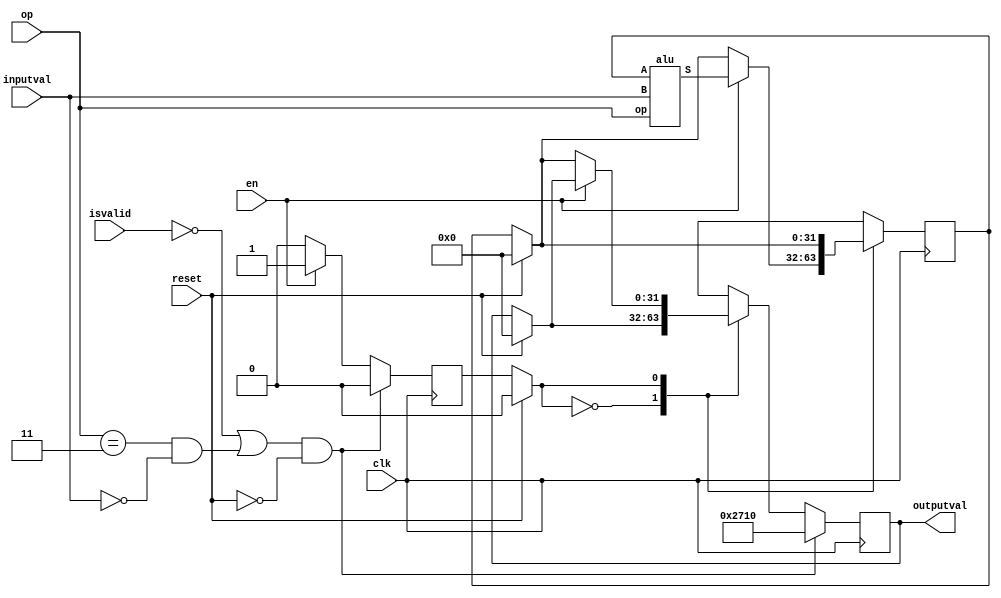
`timescale 1ns / 1ps
//////////////////////////////////////////////////////////////////////////////////
// Company: 
// Engineer: 
// 
// Design Name: 
// Module Name: calculator
// Project Name: 
// Target Devices: 
// Tool Versions: 
// Description: 
// 
// Dependencies: 
// 
// Revision:
// Revision 0.01 - File Created
// Additional Comments:
// 
//////////////////////////////////////////////////////////////////////////////////


module calculator(
    input clk, input reset,input isvalid,
    input wire signed [31:0]   inputval,
    input wire        [2:0]    op,
    input wire                 en,
    output reg signed [31:0]   outputval
    );
    
    //////////////////////////////////
    // ALU
    reg  signed [31:0] currentval;     // current val in the accumulator
    wire signed [31:0] aluval;
    alu alu1(currentval, inputval, op, aluval);

    reg state;

    initial begin state = 0; currentval = 0; outputval =0;end
    always @(posedge clk) begin
        if(reset)       begin currentval = 0; outputval =0;   state = 0; end
        case(state)
            0: if(en)   begin currentval = aluval;      state = 1; end
            1: if(~en)  begin outputval = currentval;   state = 0; end
        endcase
        if ((~isvalid || ((op == 3) && (inputval == 0))) && ~reset) begin outputval = 14'd10000; state=0; end
    end
endmodule

module alu(
    input       signed  [31:0]  A,
    input       signed  [31:0]  B,
    input               [2:0]   op,
    output reg  signed  [31:0]  S
    );
    
    always@(A or B or op)
        case(op)
            0: S = A+B;
            1: S = A-B;
            2: S = (A*B);
            3: S = (A)/B;
            4: S = 0;
        endcase
endmodule